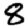
Digit: 8